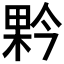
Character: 𭪥